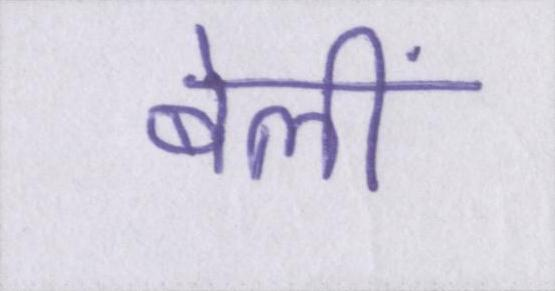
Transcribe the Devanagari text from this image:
बेलीं